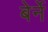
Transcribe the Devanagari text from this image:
बेर्ने